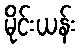
မိုင်းယန်း